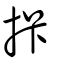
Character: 拤